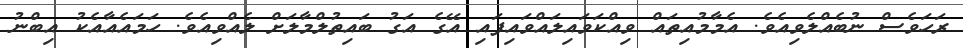
ރަހަވެސް ނުބެއްލެވިއެވެ. އެމާމުއިތައް ވިއްކަވައިލައްވައިފައި އޭގެ އަގު ބައިތުލްމާލަށް ލެއްވިއެވެ. ހަމައެއާއެކު އިބްނު